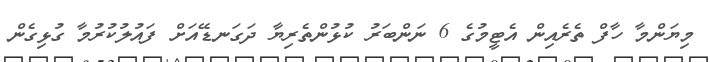
މިޔަންމާ ހާފް ތެރެއިން އެޓީމުގެ 6 ނަންބަރު ކުޅުންތެރިޔާ ދަގަނޑޭއަށް ފައުލުކުރުމާ ގުޅިގެން